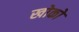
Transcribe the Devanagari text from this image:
खोको